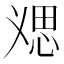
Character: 𱞥